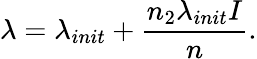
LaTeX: \lambda=\lambda_{init}+\frac{n_{2}\lambda_{init}I}{n}.